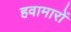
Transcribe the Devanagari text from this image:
हवामारों